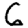
Digit: 5